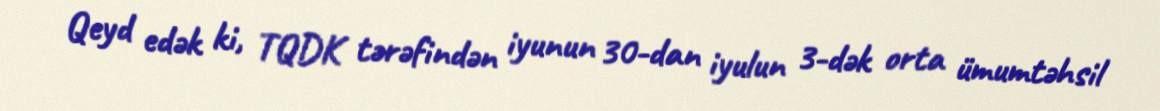
Qeyd edək ki, TQDK tərəfindən iyunun 30-dan iyulun 3-dək orta ümumtəhsil